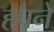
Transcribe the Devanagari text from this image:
हपने